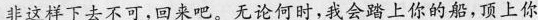
非这样下去不可，回来吧。无论的时,我会踏上你的船，顶上你